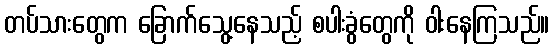
တပ်သားတွေက ခြောက်သွေ့နေသည့် စပါးခွံတွေကို ဝါးနေကြသည်။